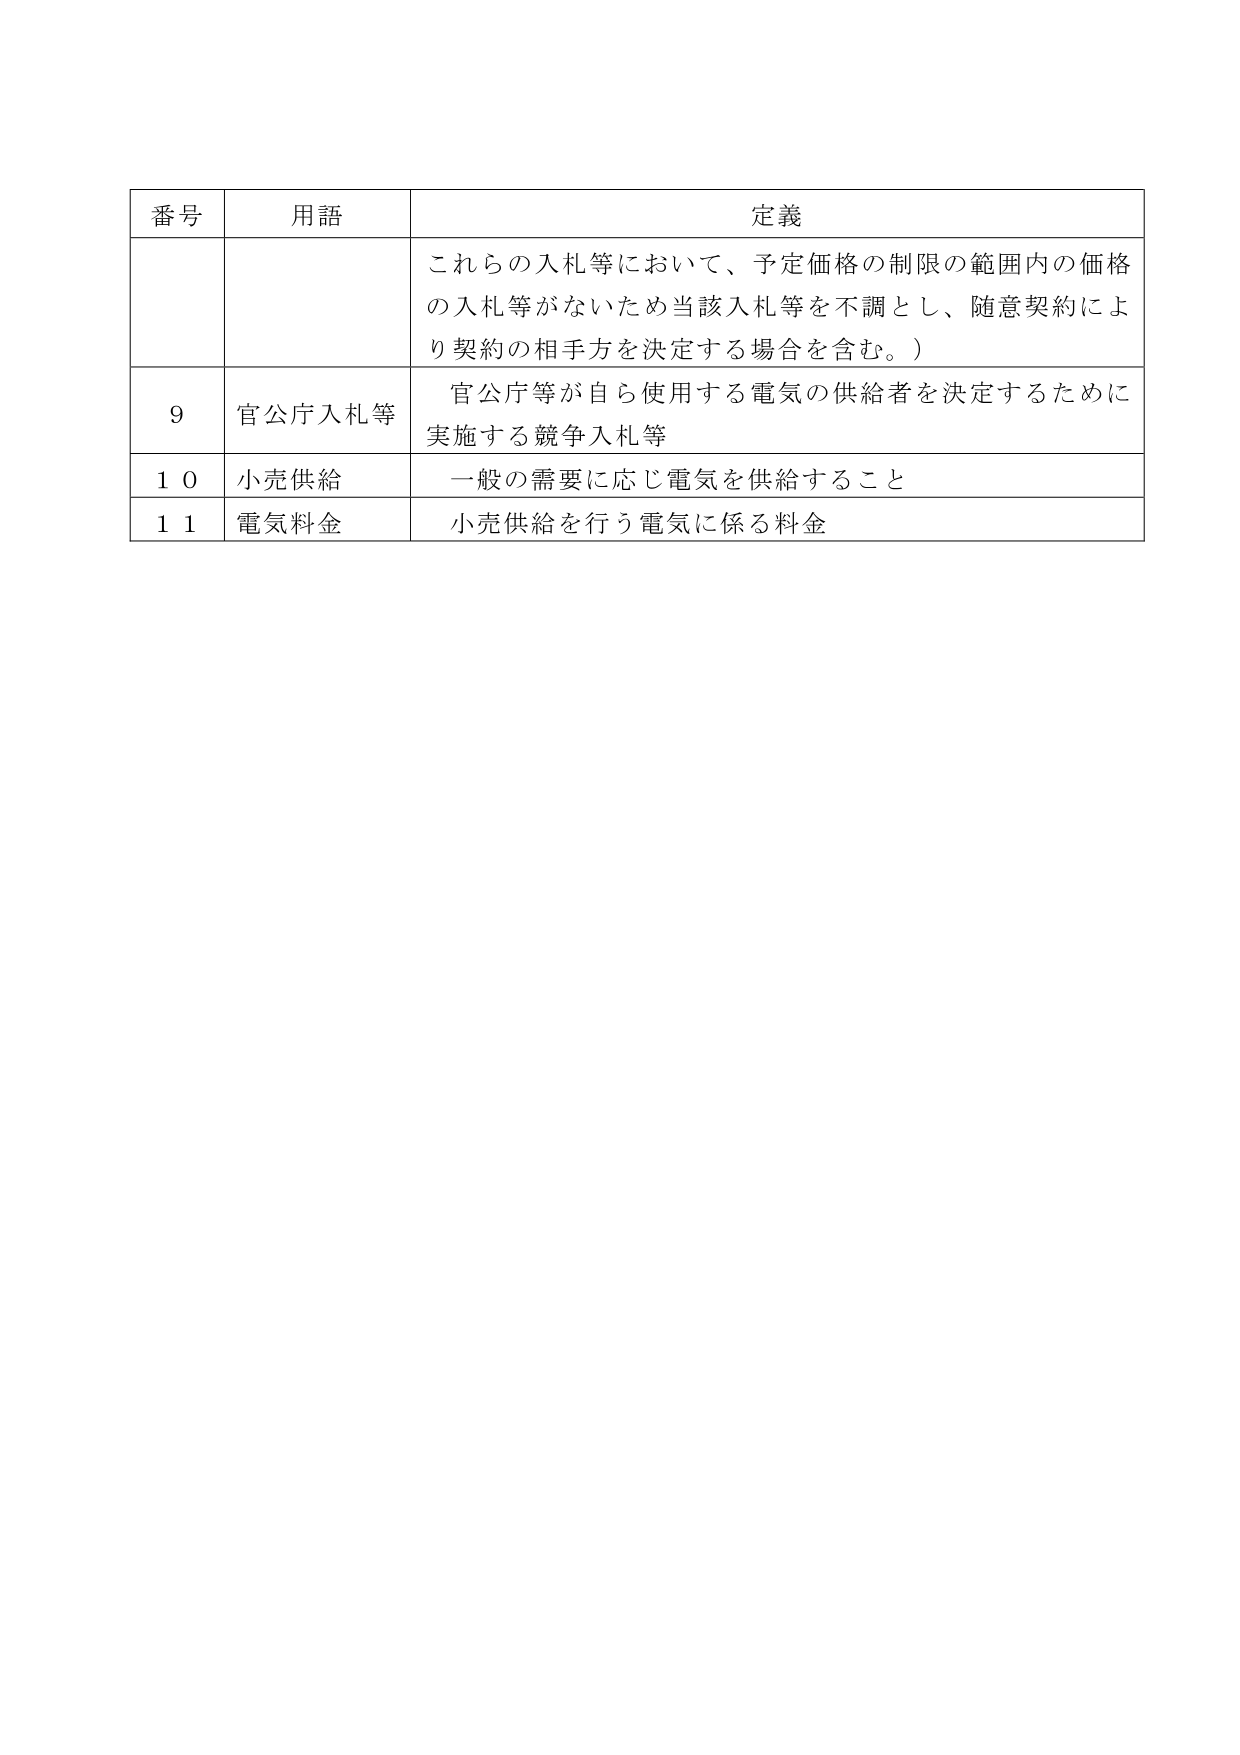
番号 用語 定義
これらの入札等において、予定価格の制限の範囲内の価格
の入札等がないため当該入札等を不調とし、随意契約によ
り契約の相手方を決定する場合を含む。）
9 官公庁入札等 官公庁等が自ら使用する電気の供給者を決定するために
実施する競争入札等
10 小売供給 一般の需要に応じ電気を供給すること
11 電気料金 小売供給を行う電気に係る料金